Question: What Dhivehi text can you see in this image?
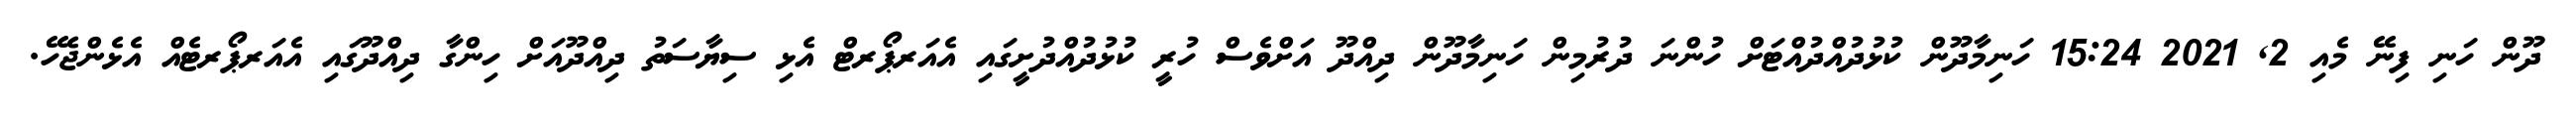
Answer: ދޫން ހަނި ފިނޭ މެއި 2, 2021 15:24 ހަނިމާދޫން ކުޅުދުއްދުއްޓަށް ހުންނަ ދުރުމިން ހަނިމާދޫން ދިއްދޫ އަށްވެސް ހުރީ ކުޅުދުއްދުށީގައި އެއަރޕޯރޓް އެޅި ސިޔާސަތު ދިއްދޫއަށް ހިންގާ ދިއްދޫގައި އެއަރޕޯރޓެއް އެޅެންޖެހޭ.